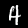
Digit: 4